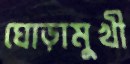
ঘোড়ামুখী